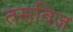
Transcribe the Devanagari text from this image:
तसविज